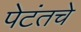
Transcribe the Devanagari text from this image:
पेटंतचे